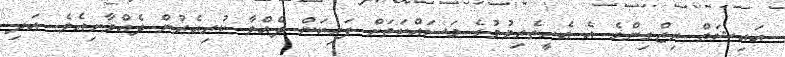
އައިޝަތް ރިޒްގިންގެ އެ އެހީތެރިވުމުގެ މަސައްކަތަށް ފަހިކަން ދެއްވާ ކުރިއެރުން ދެއްވާށިއެވެ. އަދި